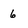
Character: 6